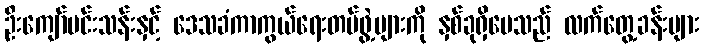
ဦးကျော်မင်းသန်းနှင့် ဒေသခံကာကွယ်ရေးတပ်ဖွဲ့များကို နှစ်ခုရှိပေသည် လက်တွေ့ခန်းများ